Sanitation, dispensaries and jails vaccination Rajputana 1922-1927 - 1922-1927
Year: 1922
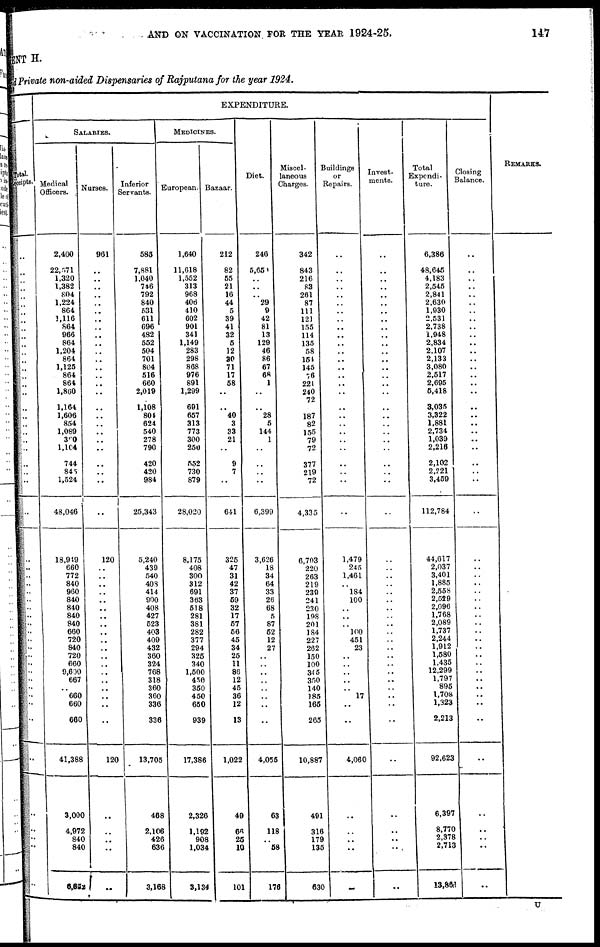
AND ON VACCINATION FOR THE YEAR 1924-25.
147
ENT H.
and Private non-aided Dispensaries of Rajputana for the year 1924.
Total
Receipts.
..
..
..
.. ..
..
..
..
..
..
..
..
..
..
..
..
..
..
..
..
..
..
..
..
..
..
..
..
..
..
..
..
..
..
..
..
..
..
..
..
..
..
..
..
..
..
..
..
..
..
..
..
..
EXPENDITURE.
SALARIES.
Medical
Officers.
2,400
22,571
1,320
1,382
804
1,224
864
1,116
864
966
864
1,204
864
1,125
864
864
1,860
1,164
1,606
854
1,089
360
1,104
744
845
1,524
48,046
18,949
660
772
840
960
840
840
840
840
660
720
840
720
660
9,600
667
..
660
660
660
41,388
3,000
4,972
840
840
6,082
Nurses.
961
..
..
..
..
..
..
..
..
..
..
..
..
..
..
..
..
..
..
..
..
..
..
..
..
..
..
120
..
..
..
..
..
..
..
..
..
..
..
..
..
..
..
..
..
..
..
120
..
..
..
..
..
Inferior
Servants.
585
7,881
1,040
746
792
840
531
611
696
482
552
504
701
804
516
660
2,019
1,108
801
624
540
278
790
420
420
984
25,343
5,240
439
540
403
414
900
408
427
523
403
409
432
360
324
768
318
360
360
336
336
13,705
468
2,106
426
636
3,168
MEDICINES.
European.
1,640
11,618
1,552
313
968
406
410
602
901
341
1,149
283
298
868
976
891
1,299
691
657
313
773
300
250
552
730
879
28,020
8,175
408
300
312
691
363
518
281
381
282
377
294
325
340
1,500
4.50
350
450
650
939
17,386
2,326
1,192
908
1,034
3,134
Bazaar.
212
82
55
21
16
44
5
39
41
32
5
12
30
71
17
58
..
..
40
3
33
21
..
9
7
..
641
325
47
31
42
37
59
32
17
57
56
45
34
25
11
86
12
45
36
12
13
1,022
49
66
25
10
101
Diet.
246
5,65
..
..
..
29
9
42
81
13
129
46
86
67
68
1
..
..
28
5
144
1
..
..
.. ..
6,399
3,626
18
34
64
33
26
68
5
87
52
12
27
..
..
..
..
..
..
..
..
4,055
63
118
..
58
176
Miscel-
laneous
Charges.
342
843
216
83
261
87
111
121
155
114
135
58
154
145
76
221
240
72
187
82
155
79
72
377
219
72
4,335
6,703
220
263
219
239
241
230
198
201
184
227
262
150
100
345
3,50
140
185
165
265
10,887
491
316
179
135
630
Buildings
or
Repairs.
..
..
..
..
..
..
..
..
..
..
..
..
..
..
..
..
..
..
..
..
..
..
..
..
..
..
..
1,479
245
1,461
..
184
100
..
..
..
100
451
23
..
..
..
..
..
17
..
..
4,060
..
..
..
..
..
Invest-
ments.
..
..
..
..
..
..
..
..
..
..
..
..
..
..
..
..
..
..
..
..
..
..
..
..
..
..
..
..
..
..
..
..
..
..
..
..
..
..
..
..
..
..
..
..
..
..
..
..
..
..
..
..
..
Total
Expendi-
ture.
6,386
48,645
4,183
2,545
2,841
2,630
1,930
2,531
2,738
1,948
2,834
2,107
2,133
3,080
2,517
2,695
6,418
3,035
3,322
1,881
2,734
1,039
2,216
2,102
2,221
3,459
112,784
44,617
2,037
3,401
1,885
2,558
2,529
2,096
1,768
2,089
1,737
2,244
1,912
1,580
1,435
12,299
1,797
895
1,708
1,323
2,213
92,623
6,397
8,770
2,378
2,713
13,861
Closing
Balance.
..
..
..
..
..
..
..
..
..
..
..
..
..
..
..
..
..
..
..
..
..
.. ..
..
.. ..
..
..
..
..
..
..
..
..
..
..
..
..
..
..
..
..
..
..
..
..
..
..
..
..
..
..
..
REMARKS.
U